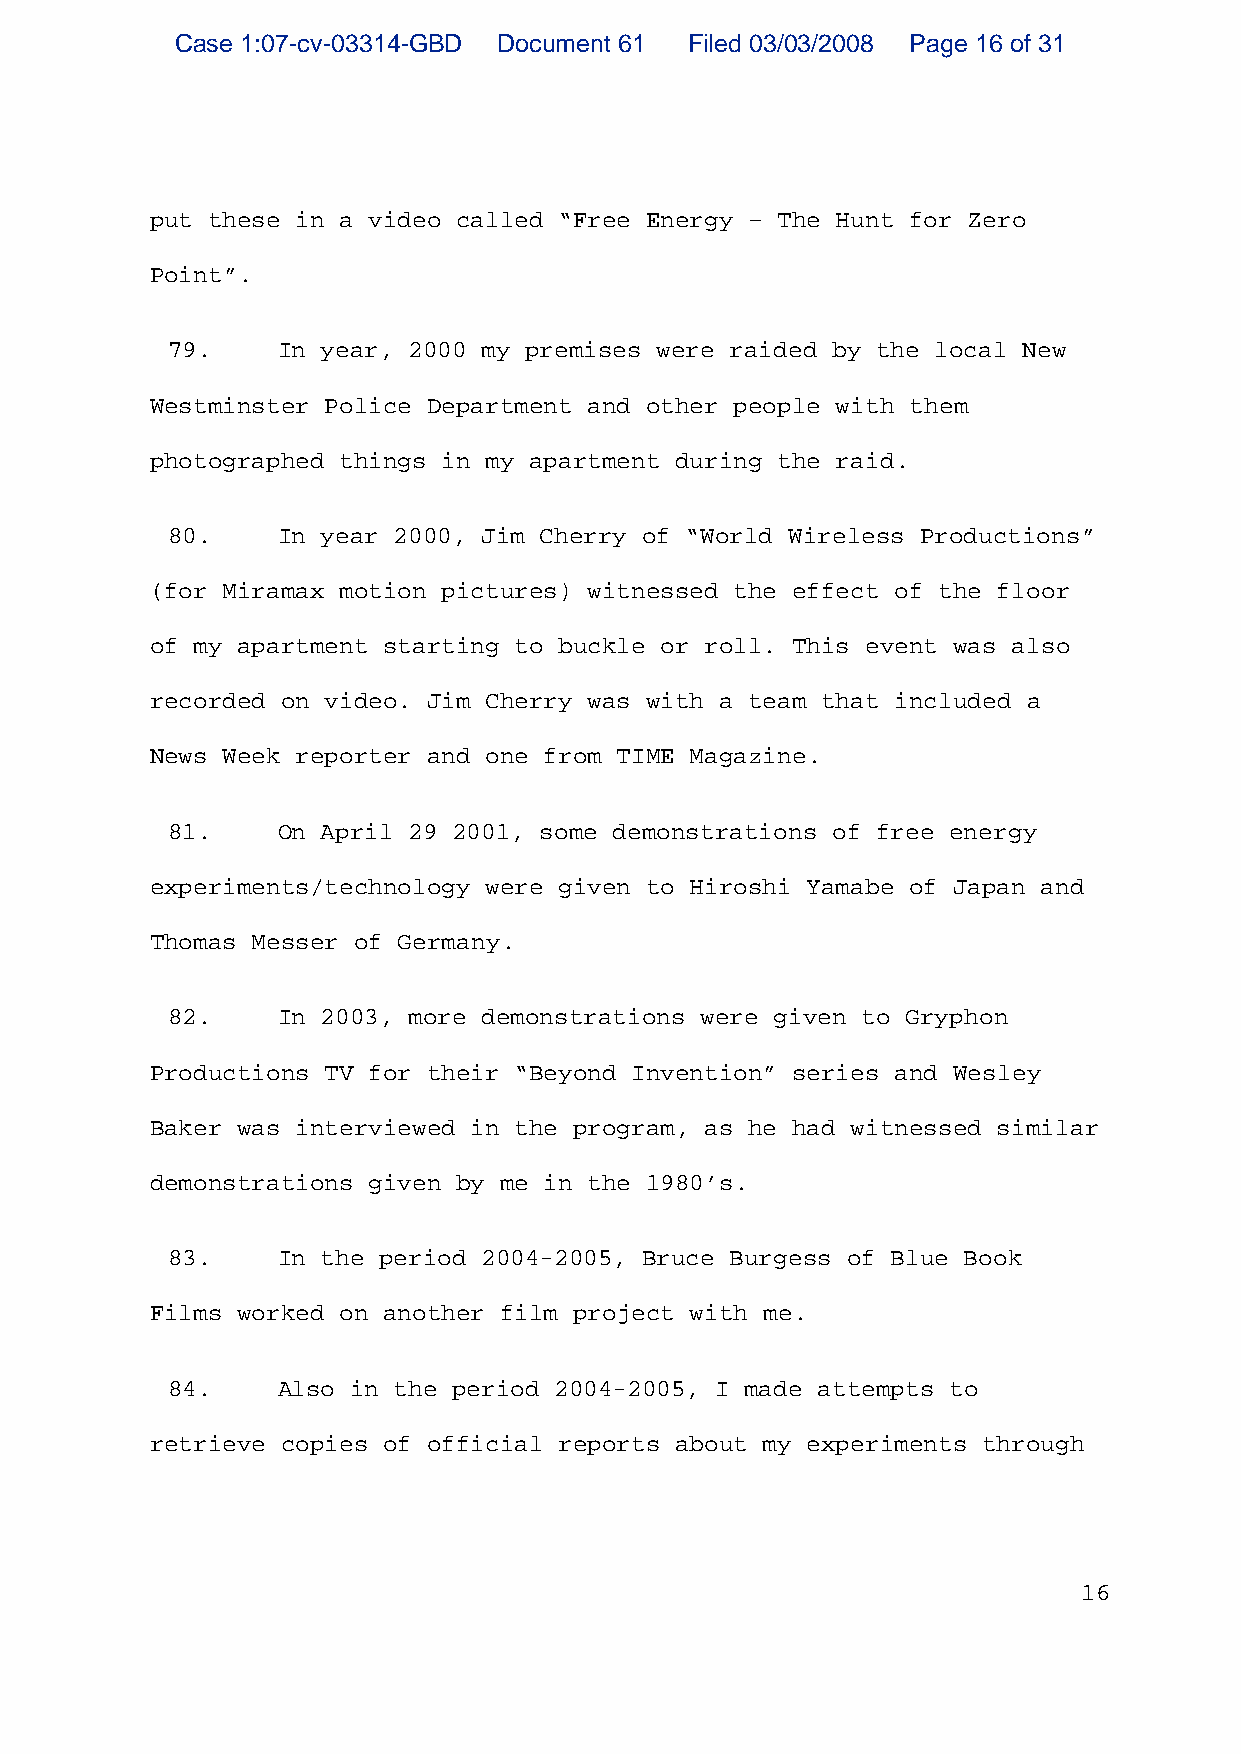
Case 1:07-cv-03314-GBD Document 61 Filed 03/03/2008 Page 16 of 31
 put these in a video called “Free Energy – The Hunt for Zero
 Point”.
 79.    In year, 2000 my premises were raided by the local New
 Westminster Police Department and other people with them
 photographed things in my apartment during the raid.
 80.    In year 2000, Jim Cherry of “World Wireless Productions”
 (for Miramax motion pictures) witnessed the effect of the floor
 of my apartment starting to buckle or roll. This event was also
 recorded on video. Jim Cherry was with a team that included a
 News Week reporter and one from TIME Magazine.
 81.    On April 29 2001, some demonstrations of free energy
 experiments/technology were given to Hiroshi Yamabe of Japan and
 Thomas Messer of Germany.
 82.    In 2003, more demonstrations were given to Gryphon
 Productions TV for their “Beyond Invention” series and Wesley
 Baker was interviewed in the program, as he had witnessed similar
 demonstrations given by me in the 1980’s.
 83.    In the period 2004 2005, Bruce Burgess of Blue Book
 Films worked on another film project with me.
 84.    Also in the period 2004 2005, I made attempts to
 retrieve copies of official reports about my experiments through
 16